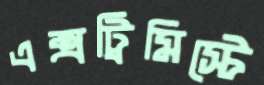
এক্সট্রিমিস্টে